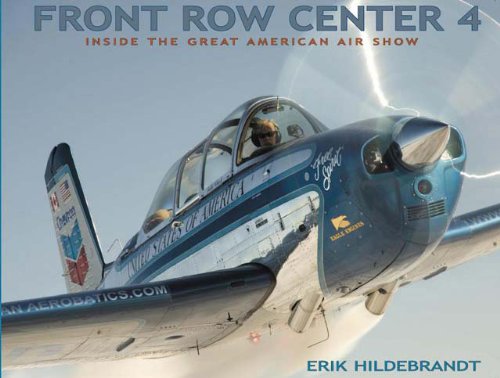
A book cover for Front Row Center 4: Inside the Great American Air Show; Erik Hildebrandt; Arts & Photography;